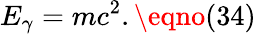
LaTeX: E_{\gamma}=mc^{2}.\eqno(34)